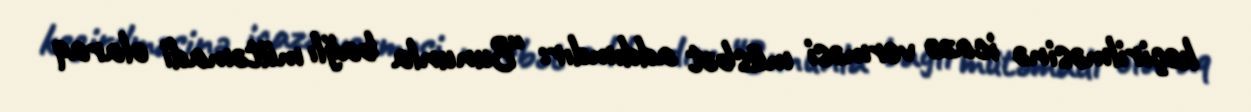
keçirilməsinə icazə verməsi müsbət addımdır: “Bununla bağlı mütəmadi olaraq